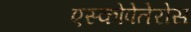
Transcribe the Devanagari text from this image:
एस्कोपेतेरोस